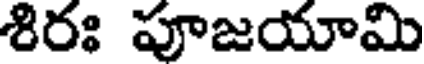
శిరః పూజయామి